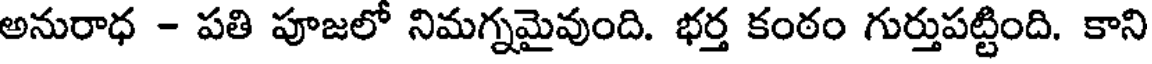
అనురాధ - పతి పూజలో నిమగ్నమైవుంది. భర్త కంఠం గుర్తుపట్టింది. కాని